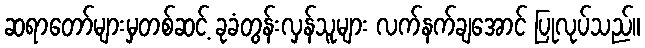
ဆရာတော်များမှတစ်ဆင့် ခုခံတွန်းလှန်သူများ လက်နက်ချအောင် ပြုလုပ်သည်။